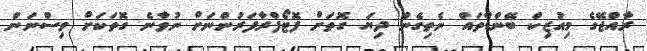
ރާއްޖޭގެ މިއުޒިކް ބޭންޑްތައް ނެތިގެން ދިޔަ ގޮތަށް ފޮޓޯފްރާފަރުންނަށް ނުވާނެ ގޮތަކަށް ވިސްނަން